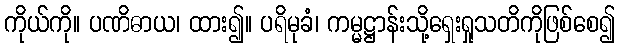
ကိုယ်ကို။ ပဏိဓာယ၊ ထား၍။ ပရိမုခံ၊ ကမ္မဋ္ဌာန်းသို့ရှေးရှုသတိကိုဖြစ်စေ၍